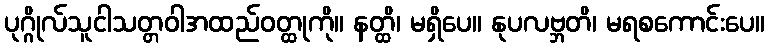
ပုဂ္ဂိုလ်သူငါသတ္တဝါအထည်ဝတ္ထုကို။ နတ္ထိ၊ မရှိပေ။ နုပလဗ္ဘတိ၊ မရစကောင်းပေ။